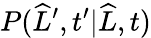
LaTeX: P(\widehat{L}^{\prime},t^{\prime}|\widehat{L},t)